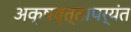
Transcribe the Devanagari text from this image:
अक्षवृत्तापर्यंत